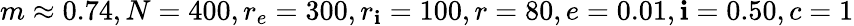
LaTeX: m\approx0.74,N=400,r_{e}=300,r_{\mathbf{i}}=100,r=80,e=0.01,\mathbf{i}=0.50,c=1